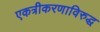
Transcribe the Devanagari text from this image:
एकत्रीकरणाविरुद्ध